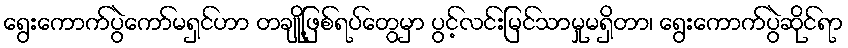
ရွေးကောက်ပွဲကော်မရှင်ဟာ တချို့ဖြစ်ရပ်တွေမှာ ပွင့်လင်းမြင်သာမှုမရှိတာ၊ ရွေးကောက်ပွဲဆိုင်ရာ